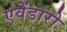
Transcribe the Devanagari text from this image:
एवेंडारो